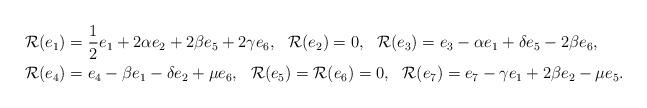
LaTeX: \begin{align*} &\mathcal{R}(e_1)=\frac{1}{2}e_1 + 2\alpha e_2 + 2\beta e_5 + 2\gamma e_6, \ \ \mathcal{R}(e_2)=0, \ \ \mathcal{R}(e_3)= e_3 - \alpha e_1 + \delta e_5 - 2\beta e_6,\\ &\mathcal{R}(e_4)=e_4- \beta e_1 - \delta e_2 + \mu e_6, \ \ \mathcal{R}(e_5) = \mathcal{R}(e_6) =0, \ \ \mathcal{R}(e_7) = e_7 -\gamma e_1 + 2 \beta e_2- \mu e_5.\end{align*}